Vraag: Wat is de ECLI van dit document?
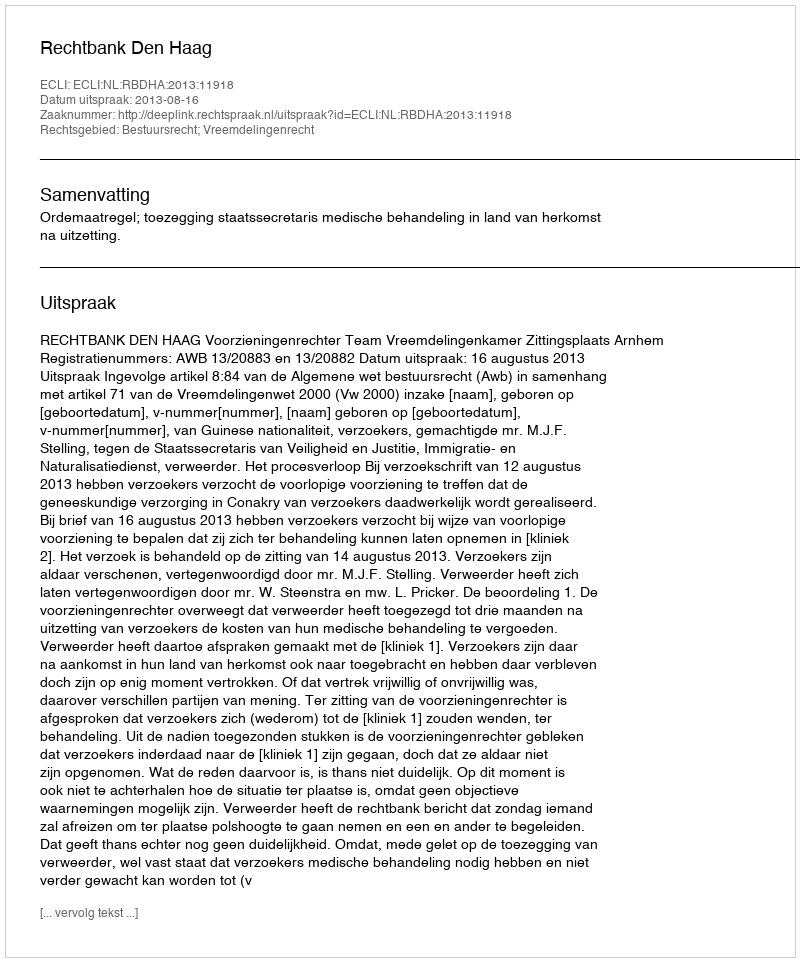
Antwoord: ECLI:NL:RBDHA:2013:11918